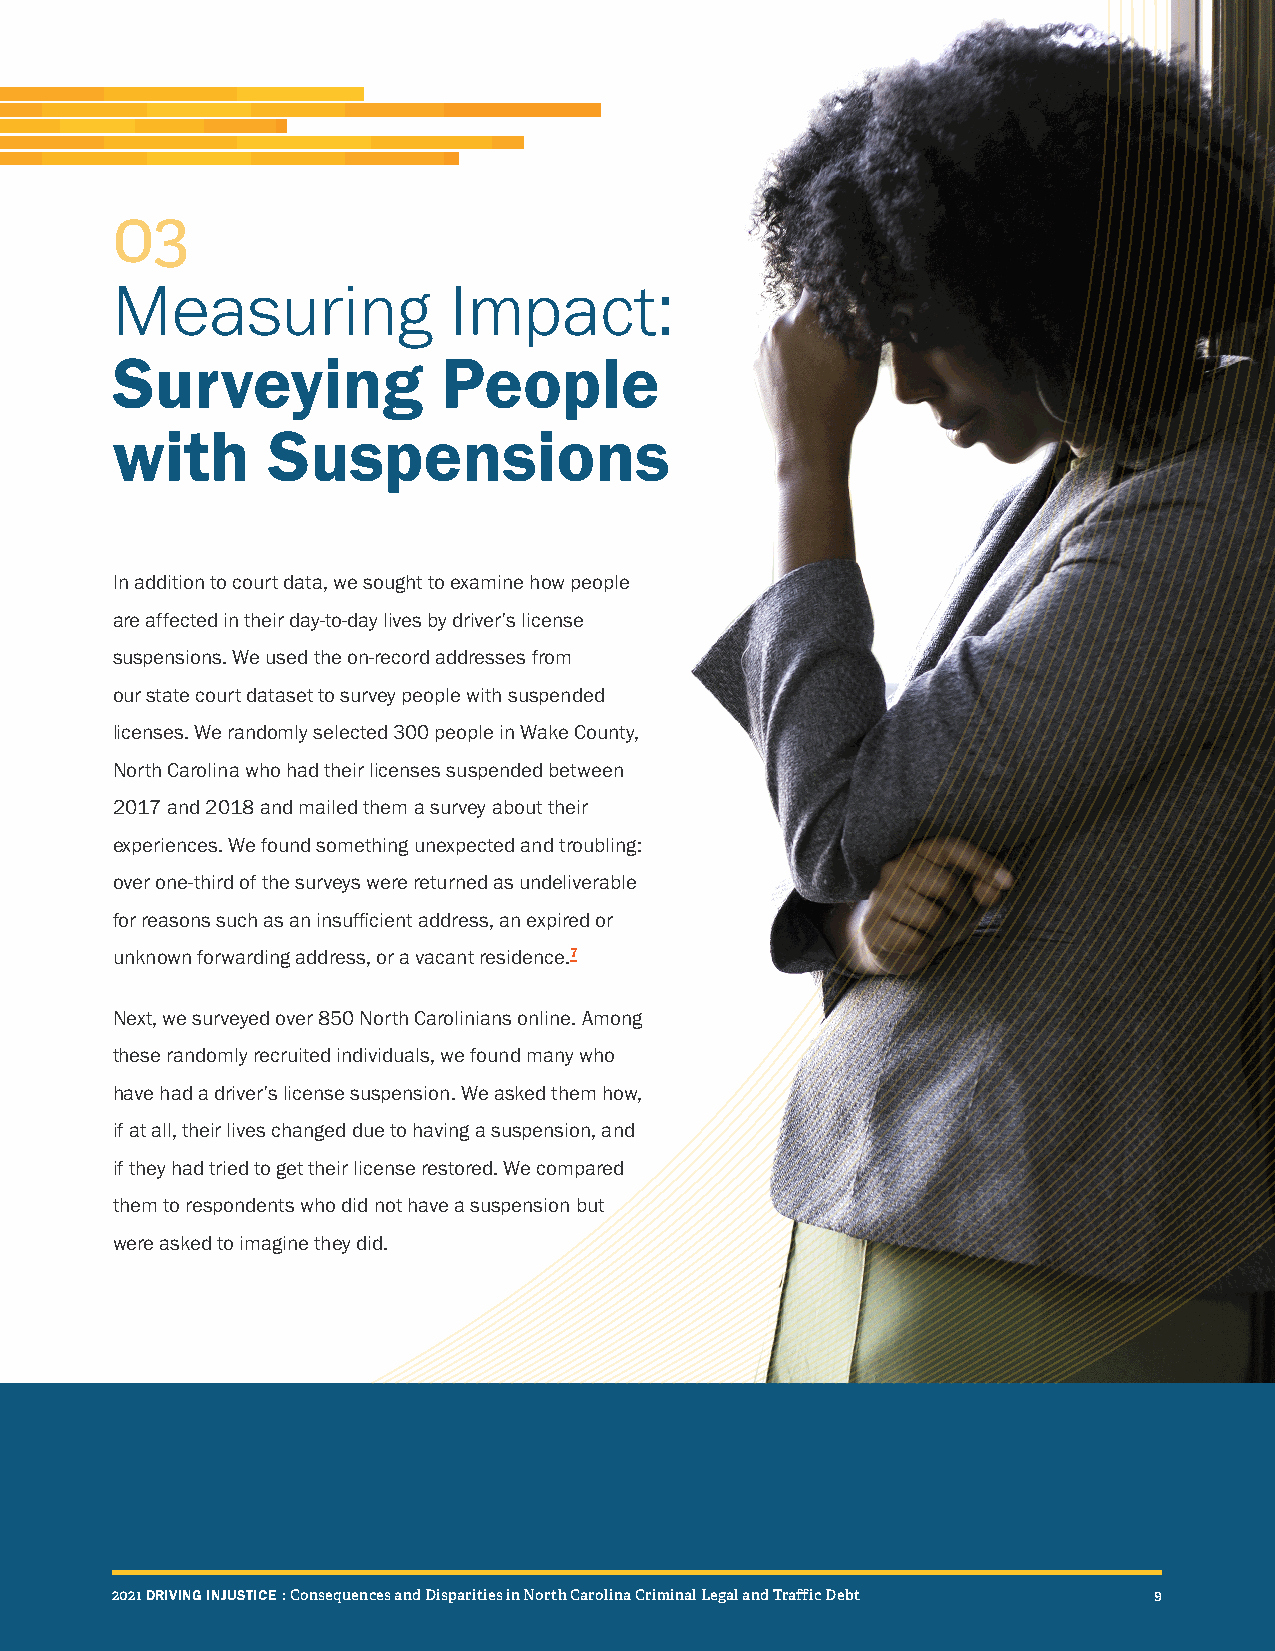
03
 Measuring              Impact:
 Surveying             People
 with       Suspensions
 In addition to court data, we sought to examine how people
 are affected in their day-to-day lives by driver’s license
 suspensions. We used the on-record addresses from
 our state court dataset to survey people with suspended
 licenses. We randomly selected 300 people in Wake County,
 North Carolina who had their licenses suspended between
 2017 and 2018 and mailed them a survey about their
 experiences. We found something unexpected and troubling:
 over one-third of the surveys were returned as undeliverable
 for reasons such as an insufficient address, an expired or
 unknown forwarding address, or a vacant residence.7
 Next, we surveyed over 850 North Carolinians online. Among
 these randomly recruited individuals, we found many who
 have had a driver’s license suspension. We asked them how,
 if at all, their lives changed due to having a suspension, and
 if they had tried to get their license restored. We compared
 them to respondents who did not have a suspension but
 were asked to imagine they did.
 22002211 DDRRIIVVIINNGG IINNJJUUSSTTIICCEE :: CCoonnsseeqquueenncceess aanndd DDiissppaarriittiieess iinn NNoorrtthh CCaarroolliinnaa CCrriimmiinnaall LLeeggaall aanndd TTrraaffffiicc DDeebbtt 99